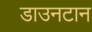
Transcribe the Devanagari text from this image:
डाउनटान